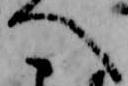
へ